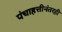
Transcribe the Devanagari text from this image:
पंचाहत्तीनंतरही